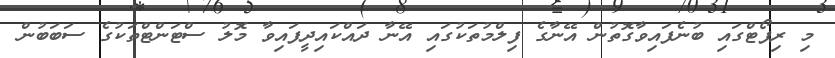
މި ރިޕޯޓްގައި ބުނެފައިވާގޮތުން އޭނާގެ ފިލްމުތަކުގައި އޭނާ ދައްކައިދީފައިވާ މޮލު ސްޓަންޓްތަކުގެ ސަބަބުން